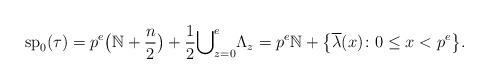
LaTeX: \begin{align*}{\rm sp}_0(\tau)=p^e\big(\mathbb{N}+\frac{n}{2}\big)+\frac{1}{2}{\bigcup}_{z=0}^{e}\Lambda_z=p^e\mathbb{N}+\big\{\overline{\lambda}(x)\colon 0\le x<p^e\big\}.\end{align*}